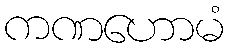
ကဏဟောမံ